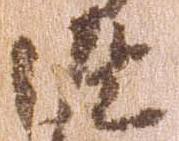
返